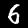
Digit: 6